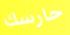
حارسك